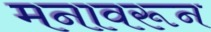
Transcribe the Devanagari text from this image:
मनावरून